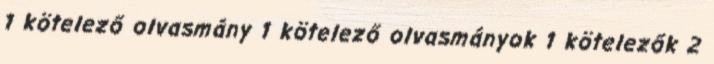
1 kötelező olvasmány 1 kötelező olvasmányok 1 kötelezők 2